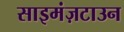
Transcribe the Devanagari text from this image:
साइमंज़टाउन